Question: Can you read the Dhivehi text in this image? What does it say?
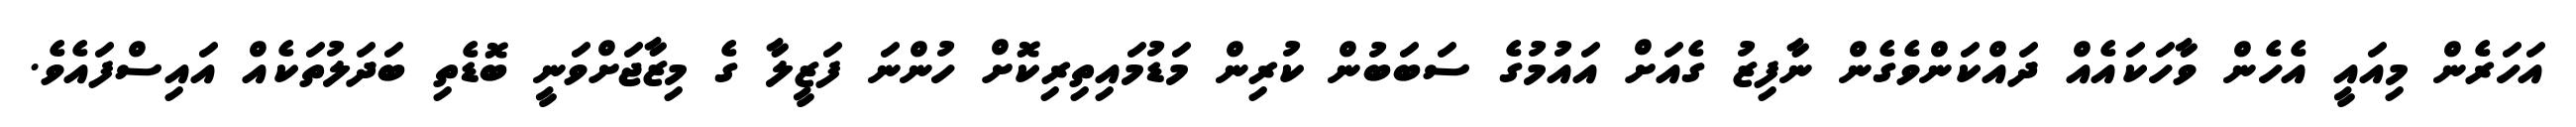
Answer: އަހަރެން މިއައީ އެހެން ވާހަކައެއް ދައްކަންވެގެން ނާފިޒު ގެއަށް އައުމުގެ ސަބަބުން ކުރިން މަޑުމައިތިރިކޮށް ހުންނަ ފަޒީލާ ގެ މިޒާޖަށްވަނީ ބޮޑެތި ބަދަލުތަކެއް އައިސްފައެވެ.